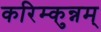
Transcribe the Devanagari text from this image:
करिम्कुन्नम्